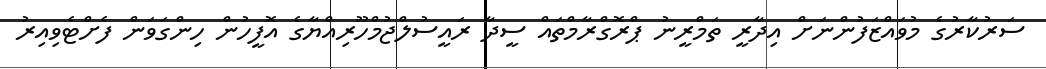
ސަރުކާރުގެ މުވައްޒަފުންނަށް އިދާރީ ތަމްރީނު ޕްރޮގްރާމްތައް ސީދާ ރައީސުލްޖުމްހޫރިއްޔާގެ އޮފީހުން ހިންގަވަން ފެށްޓެވިއިރު